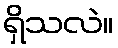
ရှိသလဲ။